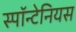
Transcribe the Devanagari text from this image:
स्पॉन्टेनियस